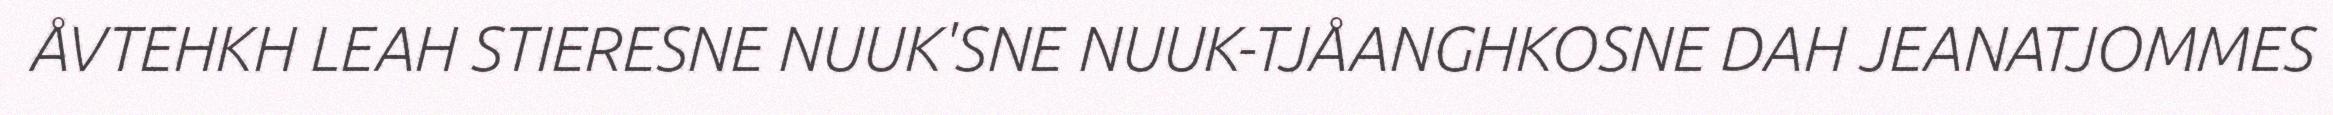
ÅVTEHKH LEAH STIERESNE NUUK'SNE NUUK-TJÅANGHKOSNE DAH JEANATJOMMES